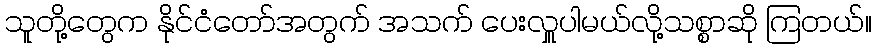
သူတို့တွေက နိုင်ငံတော်အတွက် အသက် ပေးလှူပါမယ်လို့သစ္စာဆို ကြတယ်။